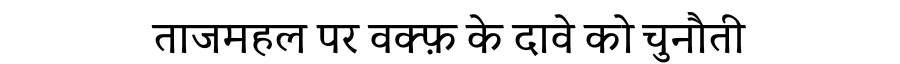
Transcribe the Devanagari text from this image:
ताजमहल पर वक्फ़ के दावे को चुनौती